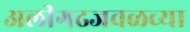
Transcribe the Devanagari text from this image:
अलीगढजवळच्या